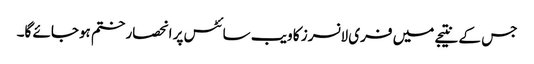
جس کے نتیجے میں فری لانسرز کا ویب سائٹس پر انحصار ختم ہوجائے گا۔